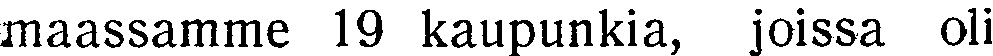
maassamme 19 kaupunkia, joissa oli